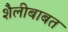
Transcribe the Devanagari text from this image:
शैलीबाबत